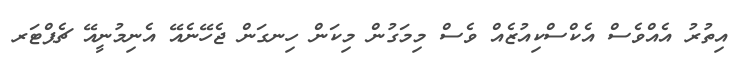
އިތުރު އެއްވެސް އެކްސްކިއުޒެއް ވެސް މިމަގުން މިކަން ހިނގަން ޖެހޭނެއޭ އެނިމުނީއޭ ޗެޕްޓަރ